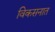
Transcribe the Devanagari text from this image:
विकसनात